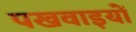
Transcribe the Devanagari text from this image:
पखवाइयों